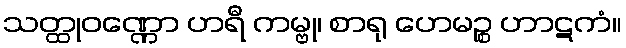
သတ္ထုဝဏ္ဏော ဟရီ ကမ္ဗု၊ စာရု ဟေမဉ္စ ဟာဋကံ။